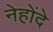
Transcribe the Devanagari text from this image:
नेहोंदे